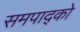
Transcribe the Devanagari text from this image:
समपाद्को